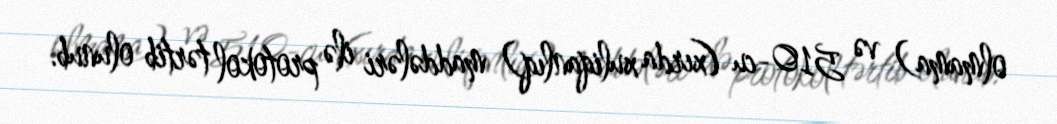
olmama) və 510-cu (xırda xuliqanlıq) maddələri ilə protokol tərtib olunub.